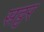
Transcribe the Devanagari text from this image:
सट्टर